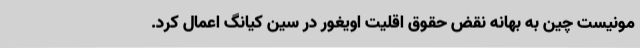
مونیست چین به بهانه نقض حقوق اقلیت اویغور در سین کیانگ اعمال کرد.